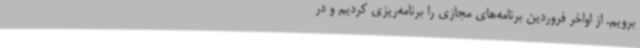
برویم. از اواخر فروردین برنامه‌های مجازی را برنامه‌ریزی کردیم و در